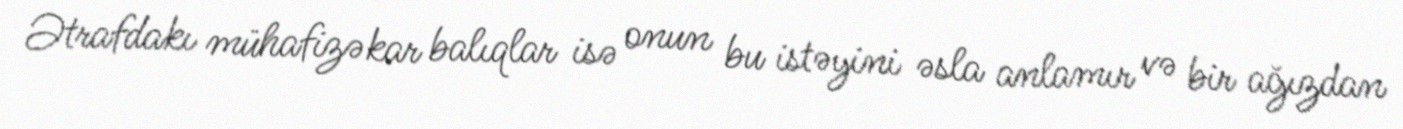
Ətrafdakı mühafizəkar balıqlar isə onun bu istəyini əsla anlamır və bir ağızdan